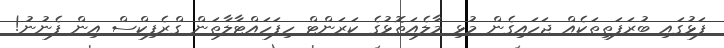
ފަޅުގައި ބުރަފަތިތަކެއް ޖަހައިގެން މުޅި މާލެއަތޮޅުގެ ކަރަންޓް ހިފަހައްޓާލާތަން ގްރެފިކްސް އިން ފެނުނު!